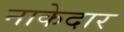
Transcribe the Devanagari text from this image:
नाकेदार